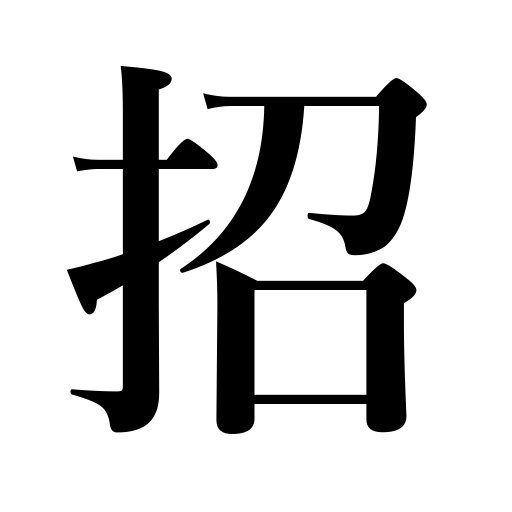
Meanings: beckon to,call a doctor,cause,incur,engage someone,summon,invite